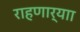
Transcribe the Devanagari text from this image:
राहणार्याा